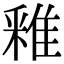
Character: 䧽